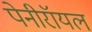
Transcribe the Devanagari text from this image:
पेनीरॉयल